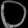
Digit: ၀